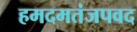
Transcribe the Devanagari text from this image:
हमदमतंजपवद